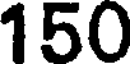
150